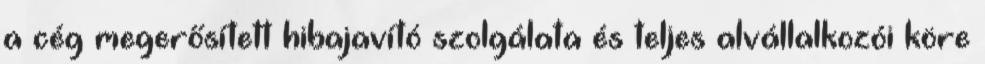
a cég megerősített hibajavító szolgálata és teljes alvállalkozói köre